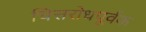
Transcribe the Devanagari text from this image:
चित्तरोधपूर्वक